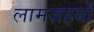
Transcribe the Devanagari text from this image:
लामज़हबों